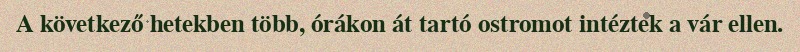
A következő hetekben több, órákon át tartó ostromot intéztek a vár ellen.